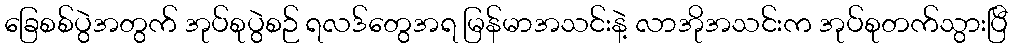
ခြေစစ်ပွဲအတွက် အုပ်စုပွဲစဉ် ရလဒ်တွေအရ မြန်မာအသင်းနဲ့ လာအိုအသင်းက အုပ်စုတက်သွားပြီ